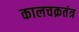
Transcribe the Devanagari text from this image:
कालचक्रतंत्र